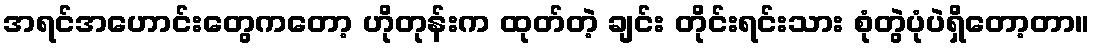
အရင်အဟောင်းတွေကတော့ ဟိုတုန်းက ထုတ်တဲ့ ချင်း တိုင်းရင်းသား စုံတွဲပုံပဲရှိတော့တာ။